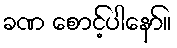
ခဏ စောင့်ပါနော်။